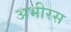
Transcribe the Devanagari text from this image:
अभीरस